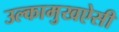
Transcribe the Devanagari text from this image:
उल्कामुखऐसी